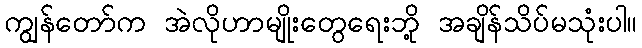
ကျွန်တော်က အဲလိုဟာမျိုးတွေရေးဘို့ အချိန်သိပ်မသုံးပါ။